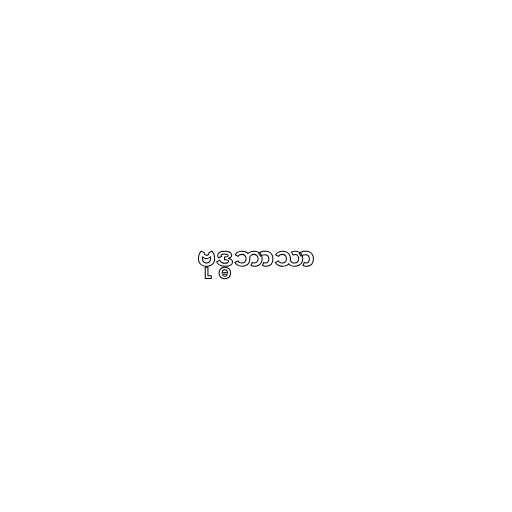
ဗုဒ္ဓဘာသာ